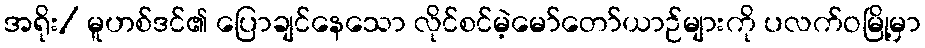
အရိုး/ မူဟစ်ဒင်၏ ပြောချင်နေသော လိုင်စင်မဲ့မော်တော်ယာဉ်များကို ပလက်ဝမြို့မှာ